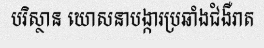
បរិស្ថាន ឃោសនាបង្ការប្រឆាំងជំងឺរាត